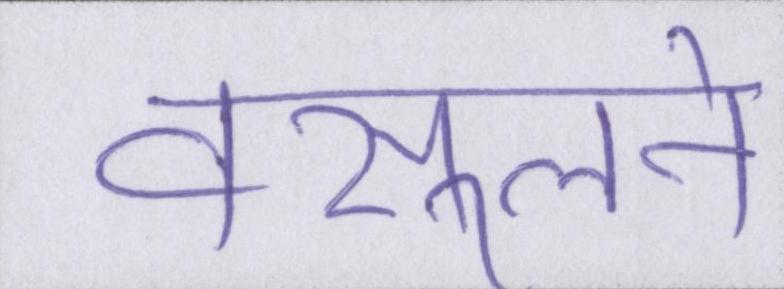
वसूलने